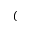
\mathcal { C }